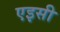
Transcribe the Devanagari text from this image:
एइसी